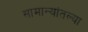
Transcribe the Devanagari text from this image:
सामान्यांतल्या